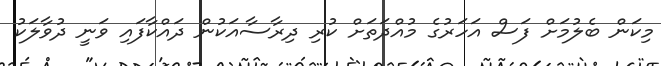
މިކަން ބެލުމަށް ފަސް އަހަރުގެ މުއްދަތަށް ކުރި ދިރާސާއަކުން ދައްކާފައި ވަނީ ދުވާލަކު